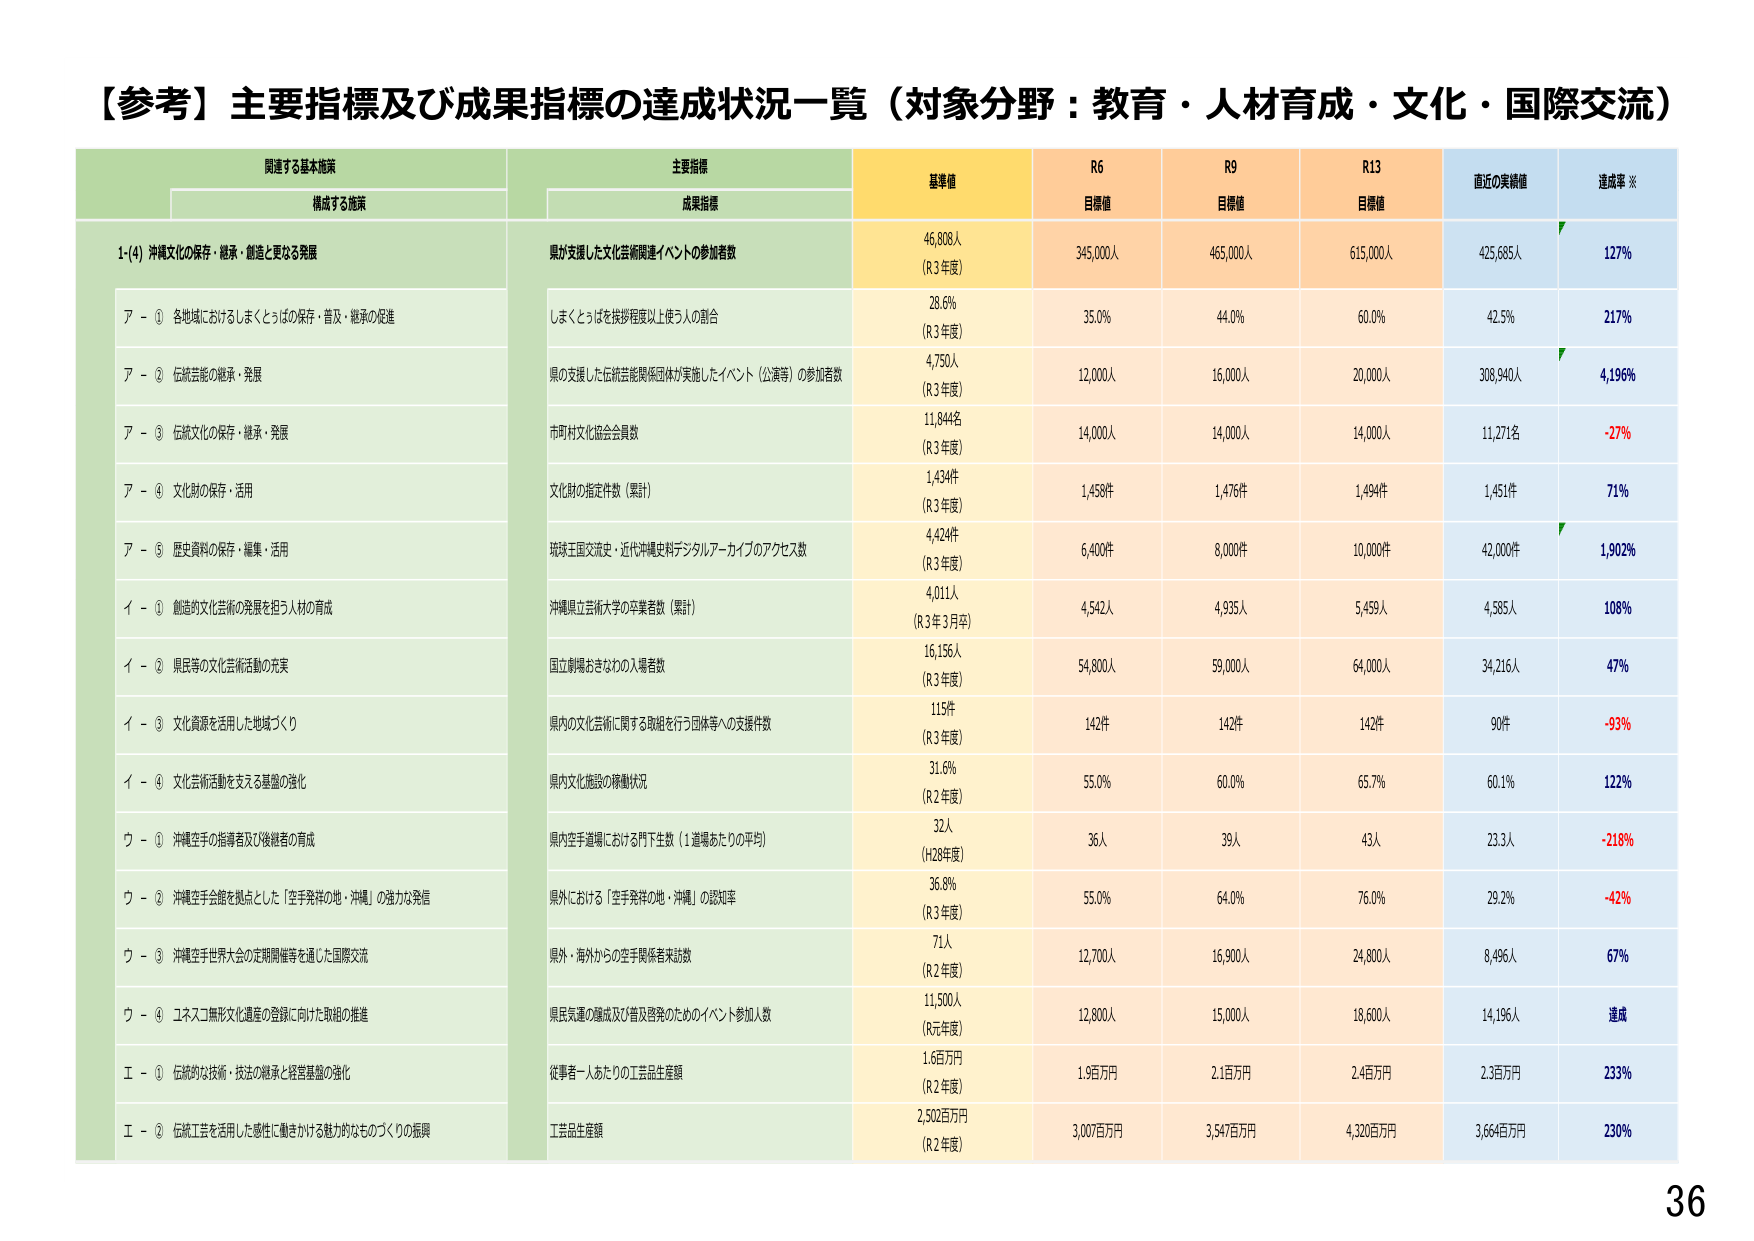
【参考】主要指標及び成果指標の達成状況一覧（対象分野：教育・人材育成・文化・国際交流）

関連する基本施策
構成する施策
主要指標
成果指標
基準値
R6
目標値
R9
目標値
R13
目標値
直近の実績値
達成率 ※

1-(4) 沖縄文化の保存・継承・創造と更なる発展
県が支援した文化芸術関連イベントの参加者数
46,808人
（R3年度）
345,000人
465,000人
615,000人
425,685人
127%

ア - ① 各地域におけるしまくとぅばの保存・普及・継承の促進
しまくとぅばを挨拶程度以上使う人の割合
28.6%
（R3年度）
35.0%
44.0%
60.0%
42.5%
217%

ア - ② 伝統芸能の継承・発展
県の支援した伝統芸能関係団体が実施したイベント（公演等）の参加者数
4,750人
（R3年度）
12,000人
16,000人
20,000人
308,940人
4,196%

ア - ③ 伝統文化の保存・継承・発展
市町村文化協会会員数
11,844名
（R3年度）
14,000人
14,000人
14,000人
11,271名
-27%

ア - ④ 文化財の保存・活用
文化財の指定件数（累計）
1,434件
（R3年度）
1,458件
1,476件
1,494件
1,451件
71%

ア - ⑤ 歴史資料の保存・編集・活用
琉球王国交流史・近代沖縄史料デジタルアーカイブのアクセス数
4,424件
（R3年度）
6,400件
8,000件
10,000件
42,000件
1,902%

イ - ① 創造的文化芸術の発展を担う人材の育成
沖縄県立芸術大学の卒業者数（累計）
4,011人
（R3年3月卒）
4,542人
4,935人
5,459人
4,585人
108%

イ - ② 県民等の文化芸術活動の充実
国立劇場おきなわの入場者数
16,156人
（R3年度）
54,800人
59,000人
64,000人
34,216人
47%

イ - ③ 文化資源を活用した地域づくり
県内の文化芸術に関する取組を行う団体等への支援件数
115件
（R3年度）
142件
142件
142件
90件
-93%

イ - ④ 文化芸術活動を支える基盤の強化
県内文化施設の稼働状況
31.6%
（R2年度）
55.0%
60.0%
65.7%
60.1%
122%

ウ - ① 沖縄空手の指導者及び後継者の育成
県内空手道場における門下生数（1道場あたりの平均）
32人
（H28年度）
36人
39人
43人
23.3人
-218%

ウ - ② 沖縄空手会館を拠点とした「空手発祥の地・沖縄」の強力な発信
県外における「空手発祥の地・沖縄」の認知率
36.8%
（R3年度）
55.0%
64.0%
76.0%
29.2%
-42%

ウ - ③ 沖縄空手世界大会の定期開催等を通じた国際交流
県外・海外からの空手関係者来訪数
71人
（R2年度）
12,700人
16,900人
24,800人
8,496人
67%

ウ - ④ コネスコ無形文化遺産の登録に向けた取組の推進
県民気運の醸成及び普及啓発のためのイベント参加人数
11,300人
（R元年度）
12,800人
15,000人
18,600人
14,196人
達成

エ - ① 伝統的な技術・技法の継承と経営基盤の強化
従事者一人あたりの工芸品生産額
1.6百万円
（R2年度）
1.9百万円
2.1百万円
2.4百万円
2.3百万円
233%

エ - ② 伝統工芸を活用した感性に働きかける魅力的なものづくりの振興
工芸品生産額
2,502百万円
（R2年度）
3,007百万円
3,547百万円
4,320百万円
3,664百万円
230%

36